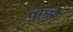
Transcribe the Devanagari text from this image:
पुंगारै